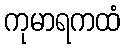
ကုမာရကထံ